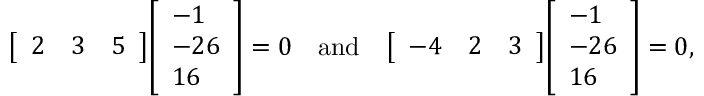
{ \left[ \begin{array} { l l l } { 2 } & { 3 } & { 5 } \end{array} \right] } { \left[ \begin{array} { l } { - 1 } \\ { - 2 6 } \\ { 1 6 } \end{array} \right] } = 0 \quad \mathrm { a n d } \quad { \left[ \begin{array} { l l l } { - 4 } & { 2 } & { 3 } \end{array} \right] } { \left[ \begin{array} { l } { - 1 } \\ { - 2 6 } \\ { 1 6 } \end{array} \right] } = 0 \mathrm { , }